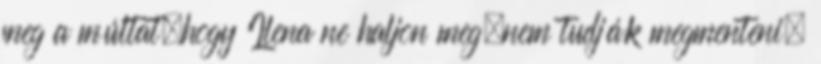
meg a múltat,hogy Ilena ne haljon meg,nem tudják megmenteni.